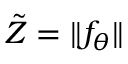
\tilde { Z } = \| f _ { \theta } \|